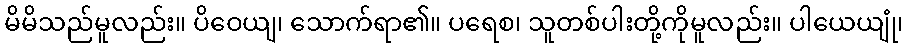
မိမိသည်မူလည်း။ ပိဝေယျ၊ သောက်ရာ၏။ ပရေစ၊ သူတစ်ပါးတို့ကိုမူလည်း။ ပါယေယျုံ၊